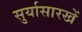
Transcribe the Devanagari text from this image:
सुर्यासारखें